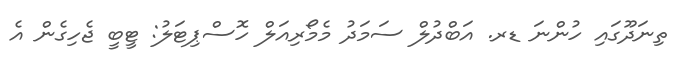
ތިނަދޫގައި ހުންނަ ޑރ. އަބްދުލް ސަމަދު މެމޯރިއަލް ހޮސްޕިޓަލު: ޓީބީ ޖެހިގެން އެ